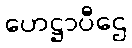
ဟေဋ္ဌာပီဌေ